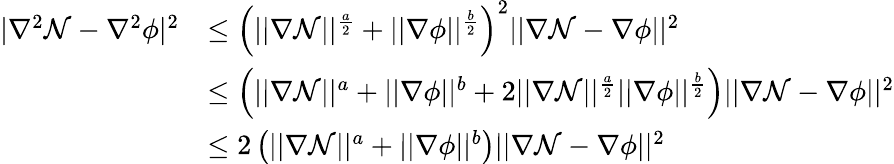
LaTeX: \begin{array}{rl}{|\nabla^{2}\mathcal{N}-\nabla^{2}\phi|^{2}}&{\leq\left(||\nabla\mathcal{N}||^{\frac{a}{2}}+||\nabla\phi||^{\frac{b}{2}}\right)^{2}||\nabla\mathcal{N}-\nabla\phi||^{2}}\\ &{\leq\left(||\nabla\mathcal{N}||^{a}+||\nabla\phi||^{b}+2||\nabla\mathcal{N}||^{\frac{a}{2}}||\nabla\phi||^{\frac{b}{2}}\right)||\nabla\mathcal{N}-\nabla\phi||^{2}}\\ &{\leq 2\left(||\nabla\mathcal{N}||^{a}+||\nabla\phi||^{b}\right)||\nabla\mathcal{N}-\nabla\phi||^{2}}\end{array}